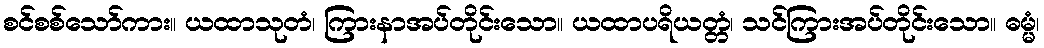
စင်စစ်သော်ကား။ ယထာသုတံ၊ ကြားနာအပ်တိုင်းသော။ ယထာပရိယတ္တံ၊ သင်ကြားအပ်တိုင်းသော။ ဓမ္မံ၊